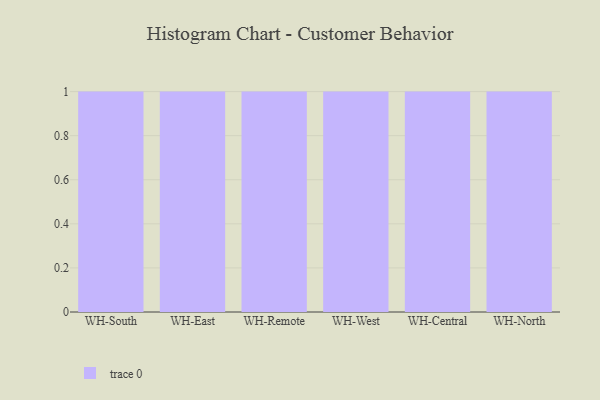
{"axis": {"x": "Warehouse", "y": "Humidity (%)"}, "legend": [""], "data": [{"x": "WH-South", "y": 82, "type": ""}, {"x": "WH-East", "y": 97, "type": ""}, {"x": "WH-Remote", "y": 8, "type": ""}, {"x": "WH-West", "y": 7, "type": ""}, {"x": "WH-Central", "y": 86, "type": ""}, {"x": "WH-North", "y": 16, "type": ""}]}